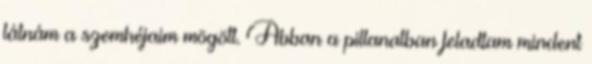
látnám a szemhéjaim mögött. Abban a pillanatban feladtam mindent